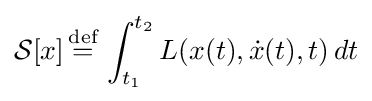
{\cal {S}}[x]\,{\stackrel {\text{def}}{=}}\,\int _{t_{1}}^{t_{2}}L(x(t),{\dot {x}}(t),t)\,dt